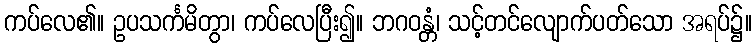
ကပ်လေ၏။ ဥပသင်္ကမိတွာ၊ ကပ်လေပြီး၍။ ဘဂဝန္တံ၊ သင့်တင်လျောက်ပတ်သော အရပ်၌။